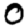
Digit: 0